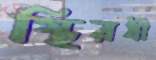
স্থিরধী